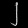
Digit: ၂